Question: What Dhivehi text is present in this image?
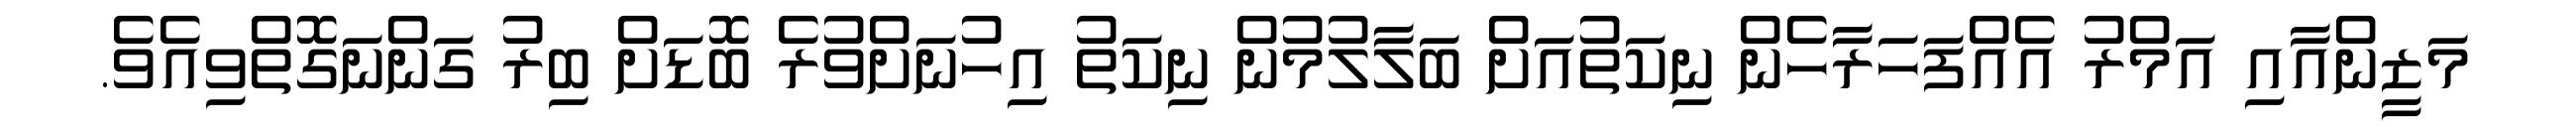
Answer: މަޒީންއާއި އަމްރު އެއްފަހަރާހެން ނިކަތުއަށް ބަލާލުމުން ނިކަތު އިހުނަށްވުރެ ބޮޑަށް ބިރު ގަންނަގޮތްވިއެވެ.